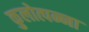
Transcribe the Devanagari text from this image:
कुलोत्पन्ना